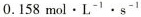
0.158mol\cdot L^{-1}\cdot s^{-1}